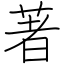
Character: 著